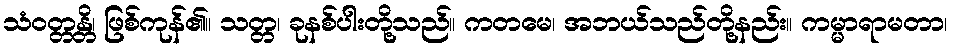
သံဝတ္တန္တိ၊ ဖြစ်ကုန်၏။ သတ္တ၊ ခုနစ်ပါးတို့သည်။ ကတမေ၊ အဘယ်သည်တို့နည်း။ ကမ္မာရာမတာ၊